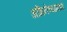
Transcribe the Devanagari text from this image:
अभिनेत्र्यांमध्ये